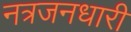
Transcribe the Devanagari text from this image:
नत्रजनधारी